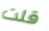
قلت